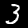
Label: 3